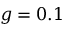
g = 0 . 1